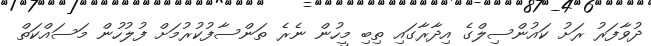
ދުވާފަރު ރަށު ކައުންސިލްގެ އިދާރާގައި ތިބި މީހުން ނެރެ ތަންސާފުކުރުމަށް ފުލުހުން މަސައްކަތް